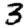
Digit: 3